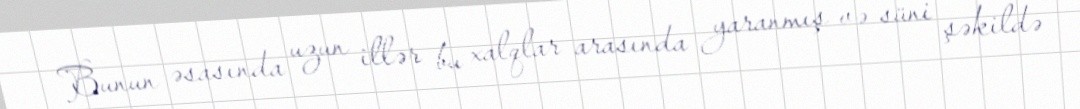
Bunun əsasında uzun illər bu xalqlar arasında yaranmış və süni şəkildə